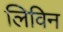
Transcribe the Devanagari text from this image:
लिविन